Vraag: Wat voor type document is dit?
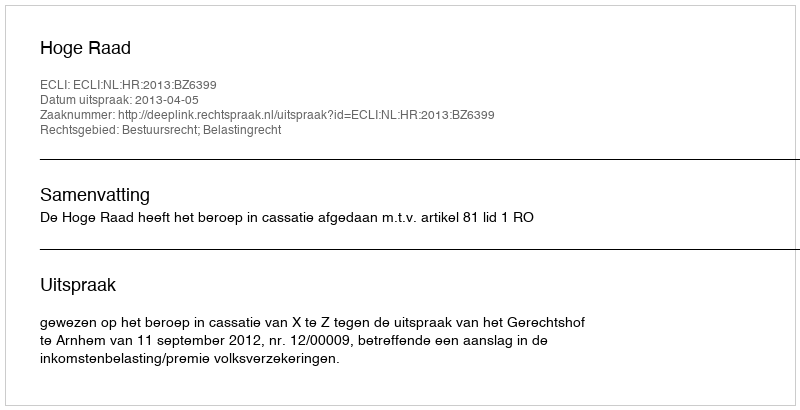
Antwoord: Uitspraak